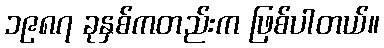
၁၉၈၇ ခုနှစ်ကတည်းက ဖြစ်ပါတယ်။